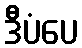
ဒီပံပေ